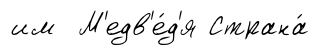
им М'едв'е́д'я Страна́